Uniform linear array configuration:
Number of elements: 4
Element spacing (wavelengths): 0.5
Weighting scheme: uniform
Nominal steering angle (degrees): -30
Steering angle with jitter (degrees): -28.605
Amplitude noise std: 0.05
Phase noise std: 0.05

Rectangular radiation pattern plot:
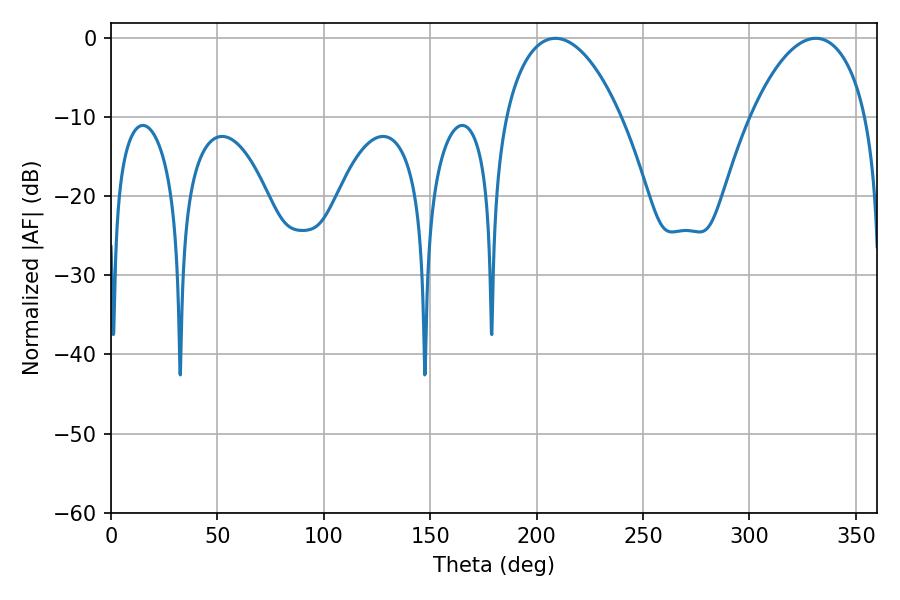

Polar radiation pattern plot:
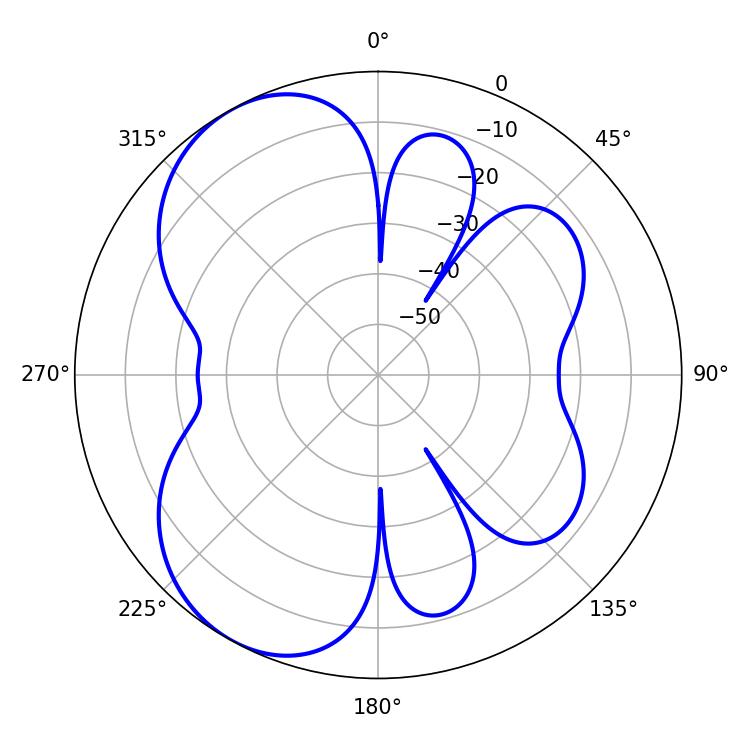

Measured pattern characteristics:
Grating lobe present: FALSE
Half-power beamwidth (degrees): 30.6
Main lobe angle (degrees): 208.8